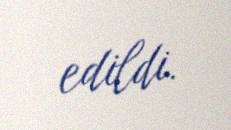
edildi.